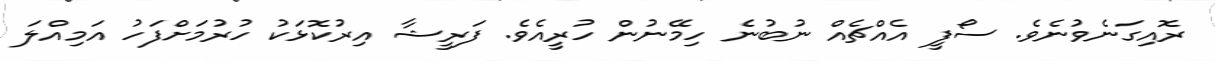
ރޮއިގަނެވުނެވެ. ސޯފީ އެއްޗެއް ނުބުނެ ހިމޭނުން ހުރީއެވެ. ފަރީޝާ އިރުކޮޅަކު ހުރުމަށްފަހު އަމިއްލަ